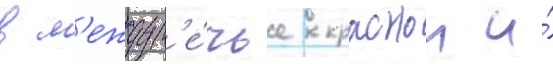
в м'еждур'е́чье краснои и́